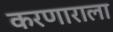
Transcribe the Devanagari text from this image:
करणाराला